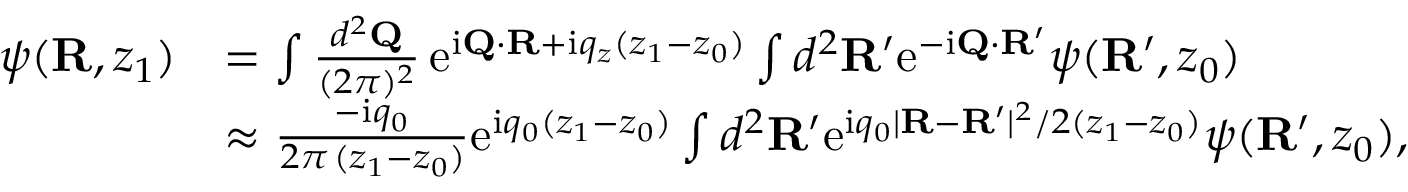
\begin{array} { r l } { \psi ( { \bf R } , z _ { 1 } ) } & { = \int \frac { d ^ { 2 } { \bf Q } } { ( 2 \pi ) ^ { 2 } } \, \mathrm { e } ^ { \mathrm { i } { \bf Q } \cdot { \bf R } + \mathrm { i } q _ { z } ( z _ { 1 } - z _ { 0 } ) } \int d ^ { 2 } { \bf R } ^ { \prime } \mathrm { e } ^ { - \mathrm { i } { \bf Q } \cdot { \bf R } ^ { \prime } } \psi ( { \bf R } ^ { \prime } , z _ { 0 } ) } \\ & { \approx \frac { - \mathrm { i } q _ { 0 } } { 2 \pi \, ( z _ { 1 } - z _ { 0 } ) } \mathrm { e } ^ { \mathrm { i } q _ { 0 } ( z _ { 1 } - z _ { 0 } ) } \int d ^ { 2 } { \bf R } ^ { \prime } \mathrm { e } ^ { \mathrm { i } q _ { 0 } | { \bf R } - { \bf R } ^ { \prime } | ^ { 2 } / 2 ( z _ { 1 } - z _ { 0 } ) } \psi ( { \bf R } ^ { \prime } , z _ { 0 } ) , } \end{array}